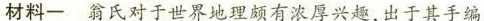
材料-翁氏对于世界地理颇有浓厚兴趣，出于其手编